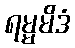
ရမ္မမိဒံ